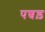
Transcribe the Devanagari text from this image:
पच्चड़